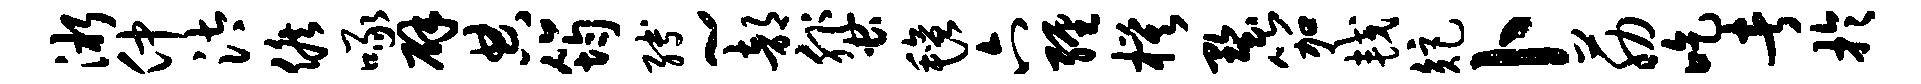
淅仲汰候啄辟典筠缚~部蜚毡六缠模墅笳较矩卜筋吃者于